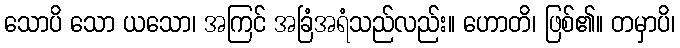
သောပိ သော ယသော၊ အကြင် အခြံအရံသည်လည်း။ ဟောတိ၊ ဖြစ်၏။ တမှာပိ၊